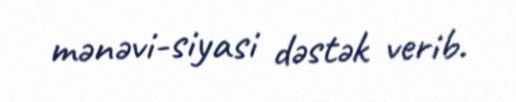
mənəvi-siyasi dəstək verib.